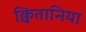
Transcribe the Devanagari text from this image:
क्विंतानिया